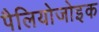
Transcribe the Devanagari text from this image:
पैलियोजोइक